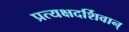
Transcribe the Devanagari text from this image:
प्रत्यक्षदर्शिवान्